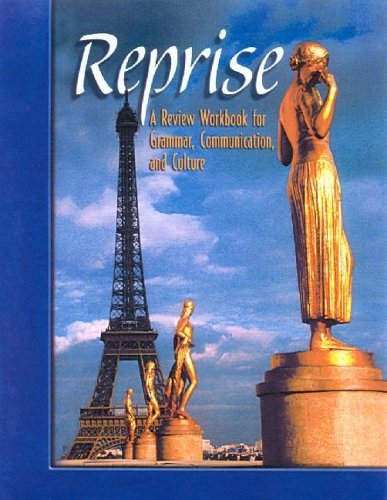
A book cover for Reprise: A Review Workbook for Grammar, Communication, and Culture, Student Text (NTC:  REPRISE); McGraw-Hill Education; Teen & Young Adult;